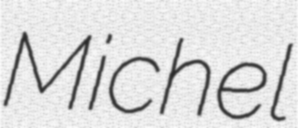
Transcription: Michel